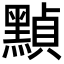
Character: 𪑳